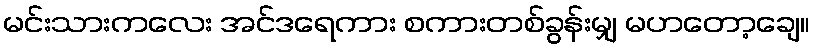
မင်းသားကလေး အင်ဒရေကား စကားတစ်ခွန်းမျှ မဟတော့ချေ။